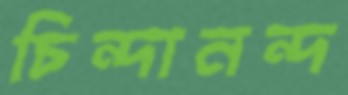
চিন্দানন্দ